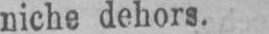
niche dehors.